Elephants and their diseases
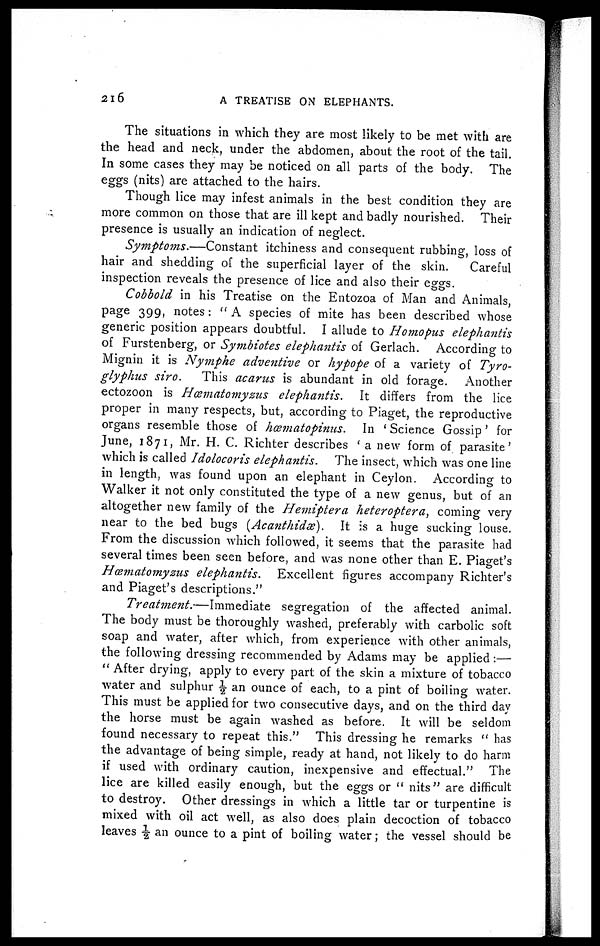
2l6
A TREATISE ON ELEPHANTS.
The situations in which they are most likely to be met with are
the head and neck, under the abdomen, about the root of the tail.
In some cases they may be noticed on all parts of the body. The
eggs (nits) are attached to the hairs.
Though lice may infest animals in the best condition they are
more common on those that are ill kept and badly nourished. Their
presence is usually an indication of neglect.
Symptoms.—Constant
itchiness and consequent rubbing, loss of
hair and shedding of the superficial layer of the skin.
Careful
inspection reveals the presence of lice and also their eggs.
Cobbold in his Treatise on the Entozoa of Man and Animals,
page 399, notes: " A species of mite has been described whose
generic position appears doubtful. I allude to Homopus elephantis
of Furstenberg, or Symbiotes elephantis of Gerlach. According to
Mignin it is Nymphe adventive or hypope of a variety of Tyro-
glyphus siro.
This acarus is abundant in old forage. Another
ectozoon is Hœmatomyzus
elephantis.
It differs from the lice
proper in many respects, but, according to Piaget, the reproductive
organs resemble those of hosmatopinus.
In ' Science Gossip ' for
June, 1871, Mr. H. C. Richter describes ' a new form of parasite '
which is called Idolocoris elephantis.
The insect, which was one line
in length, was found upon an elephant in Ceylon. According to
Walker it not only constituted the type of a new genus, but of an
altogether new family of the Hemiptera heteroptera, coming very
near to the bed bugs (Acanthidæ).
It is a huge sucking louse.
From the discussion which followed, it seems that the parasite had
several times been seen before, and was none other than E. Piaget's
Hœmatomyzus elephantis.
Excellent figures accompany Richter's
and Piaget's descriptions."
Treatment.—Immediate
segregation of the affected animal.
The body must be thoroughly washed, preferably with carbolic soft
soap and water, after which, from experience with other animals,
the following dressing recommended by Adams may be applied :—
" After drying, apply to every part of the skin a mixture of tobacco
water and sulphur ½ an ounce of each, to a pint of boiling water.
This must be applied for two consecutive days, and on the third day
the horse must be again washed as before. It will be seldom
found necessary to repeat this." This dressing he remarks " has
the advantage of being simple, ready at hand, not likely to do harm
if used with ordinary caution, inexpensive and effectual." The
lice are killed easily enough, but the eggs or " nits" are difficult
to destroy. Other dressings in which a little tar or turpentine is
mixed with oil act well, as also does plain decoction of tobacco
leaves ½ an ounce to a pint of boiling water ; the vessel should be